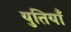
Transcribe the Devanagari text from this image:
युतियाँ